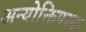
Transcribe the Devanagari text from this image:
अन्योक्तिपरक